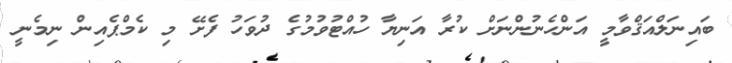
ބައިނަލްއަޤްވާމީ އަންހެނުންނަށް ކުރާ އަނިޔާ ހުއްޓުވުމުގެ ދުވަހު ފެށޭ މި ކެމްޕެއިން ނިމެނީ